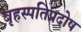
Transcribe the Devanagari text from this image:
बृहस्पतिप्रदोष